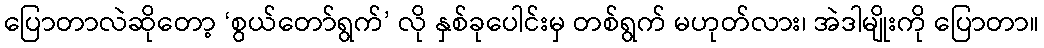
ပြောတာလဲဆိုတော့ ‘စွယ်တော်ရွက်’ လို နှစ်ခုပေါင်းမှ တစ်ရွက် မဟုတ်လား၊ အဲဒါမျိုးကို ပြောတာ။